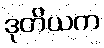
ဒုတိယက